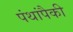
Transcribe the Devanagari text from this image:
पंथांपैकी